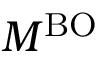
M ^ { \mathrm { B O } }